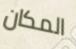
المكان